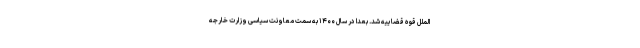
الملل قوه قضاییه شد. بعدا در سال ۱۴۰۰ به سمت معاونت سیاسی وزارت خارجه